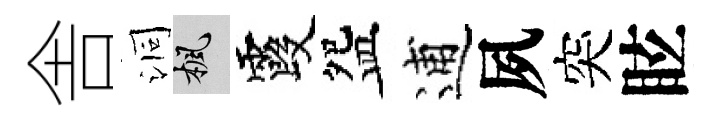
舎洞楓霞盌逋夙突眩